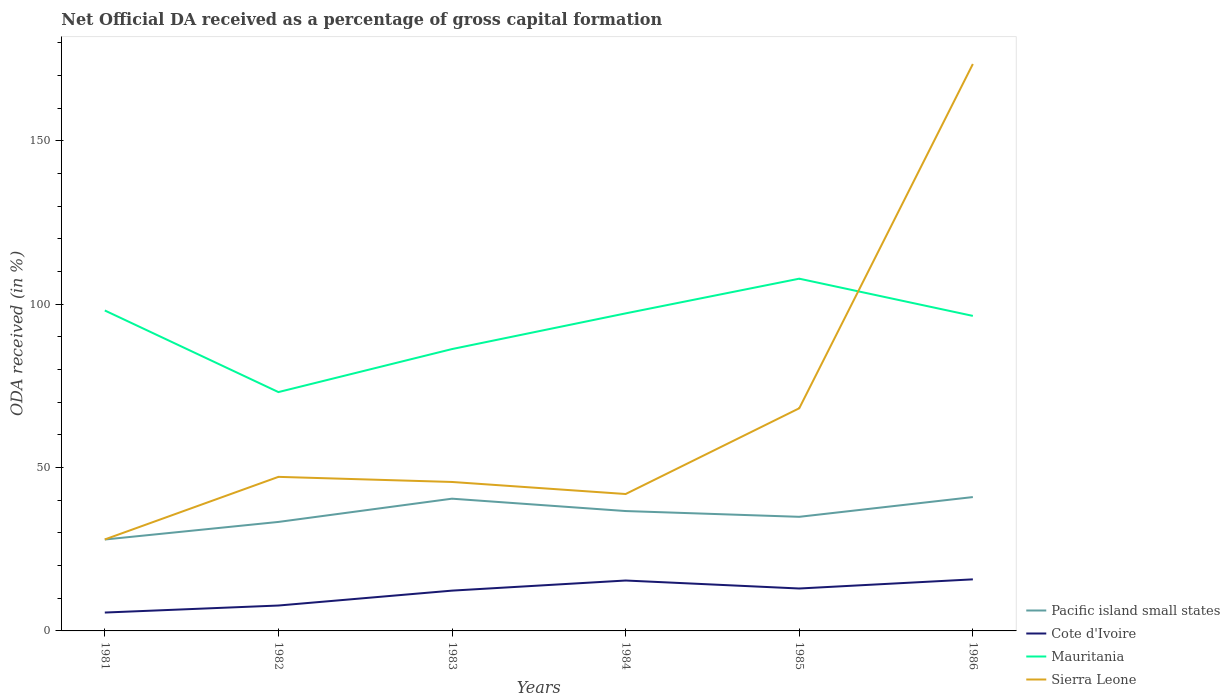
| Years | Pacific island small states | Cote d'Ivoire | Mauritania | Sierra Leone |
 | --- | --- | --- | --- | --- |
 | 1981 | 28 | 5.63 | 98.1 | 28 |
 | 1982 | 33.4 | 7.78 | 73.1 | 47.2 |
 | 1983 | 40.5 | 12.3 | 86.3 | 45.6 |
 | 1984 | 36.7 | 15.4 | 97.2 | 41.9 |
 | 1985 | 34.9 | 13 | 108 | 68.2 |
 | 1986 | 41 | 15.8 | 96.4 | 174 |